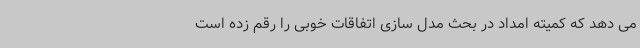
می دهد که کمیته امداد در بحث مدل سازی اتفاقات خوبی را رقم زده است